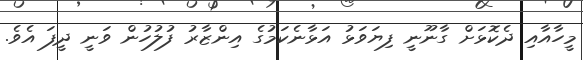
މީހާއާއި ދެކޮޅަށް ގާނޫނީ ފިޔަވަޅު އަޅާނެކަމުގެ އިންޒާރު ފުލުހުން ވަނީ ދީފަ އެވެ.